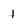
Character: 1